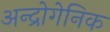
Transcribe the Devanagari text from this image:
अन्द्रोगेनिक